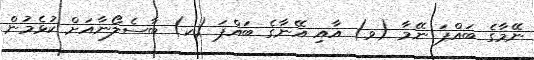
ނޭމާގެ ބައްޕަ ނޭމާ (ވ) އާއި އޭނާގެ ބައްޕަ (ކ) ބާސެލޯނާއަށް ކުޅެމުން